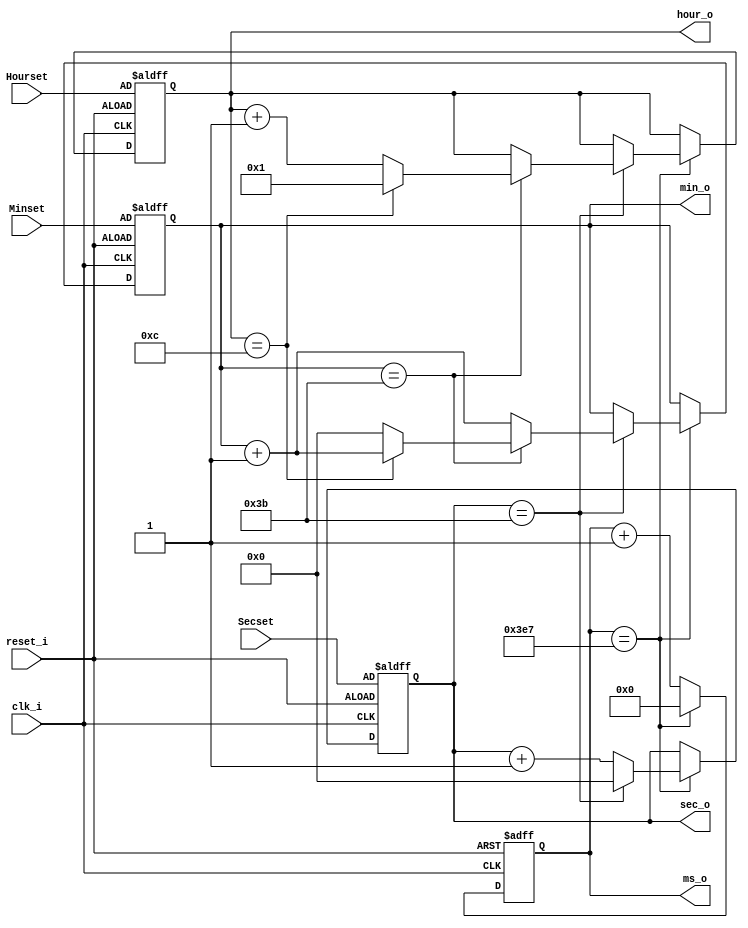
`timescale 1ns / 1ps
//////////////////////////////////////////////////////////////////////////////////
// Company: 
// Engineer: 
// 
// Design Name: 
// Module Name: digital_clk_12hr_ms
// Project Name: 
// Target Devices: 
// Tool Versions: 
// Description: 
// 
// Dependencies: 
// 
// Revision:
// Revision 0.01 - File Created
// Additional Comments:
// 
//////////////////////////////////////////////////////////////////////////////////


module digital_clk_12hr_ms(
    input clk_i, reset_i,
    input [4:0] Hourset,
    input [5:0] Minset,
    input [5:0] Secset,
    output reg [9:0] ms_o,
    output reg [5:0] sec_o,
    output reg [5:0] min_o,
    output reg [4:0] hour_o
    );
    
    always @ (posedge clk_i or negedge reset_i)
    begin 
      if (!reset_i)
            begin 
//                hour_o <= 0;
//                min_o <= 0;
//                sec_o <= 0;
//                ms_o <= 0;
                hour_o <= Hourset;
                min_o <= Minset;
                sec_o <= Secset;
                ms_o <= 0;
            end
       else if (clk_i == 1)
         begin
         ms_o <= ms_o + 1;
         if (ms_o == 999) begin
             ms_o <= 0;
             sec_o <= sec_o + 1;
             if (sec_o == 59)
                begin 
                    min_o <= min_o + 1;
                    sec_o <= 0;
                    if (min_o == 59)
                        begin 
                        hour_o <= hour_o + 1;
                            if(hour_o == 12)begin 
                                    hour_o <= 1;
                                    //min_o <= 0;
                                    end
                                    else begin 
                              //hour_o <= hour_o + 1;
                              min_o <= 0;
                              end
                            end
                   end
             end
        end
     end
endmodule